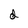
Character: d